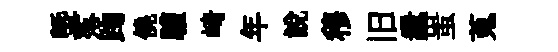
塈落踘僥驩崎年説穆旧纛蚩蒐